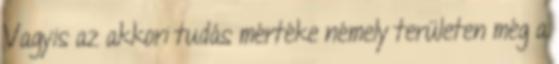
Vagyis az akkori tudás mértéke némely területen még a